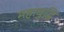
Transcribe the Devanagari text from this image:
महाबुद्धि